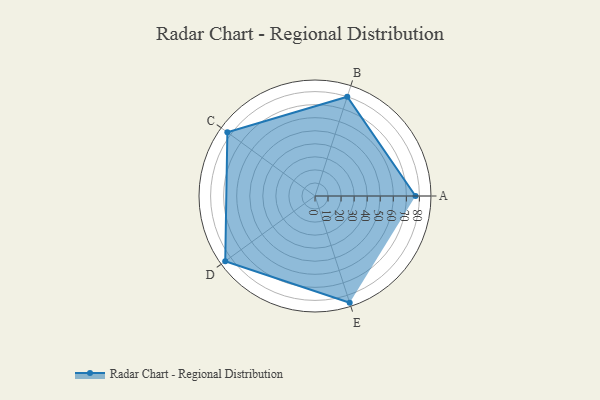
{"axis": {"x": "Skill", "y": "Score"}, "legend": ["Profile"], "data": [{"x": "A", "y": 77.0, "type": "Profile"}, {"x": "B", "y": 80.0, "type": "Profile"}, {"x": "C", "y": 83.0, "type": "Profile"}, {"x": "D", "y": 85.0, "type": "Profile"}, {"x": "E", "y": 86.0, "type": "Profile"}]}